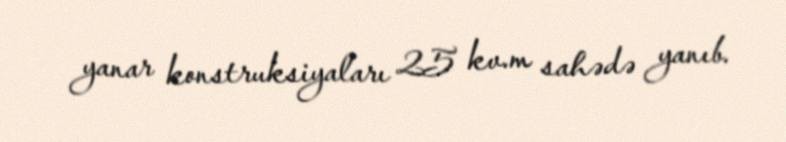
yanar konstruksiyaları 25 kv.m sahədə yanıb.